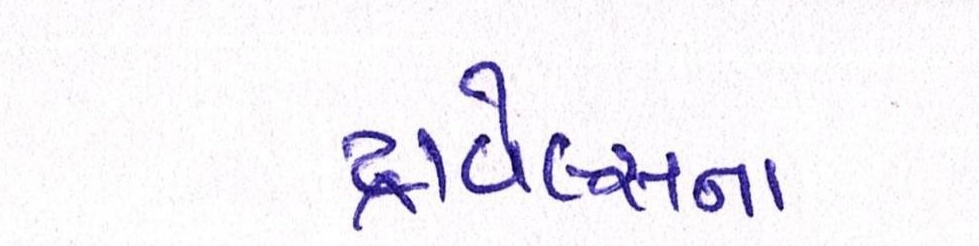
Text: ટ્રાવેલ્સના